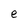
Character: e